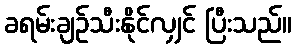
ခရမ်းချဉ်သီးနိုင်လျှင် ပြီးသည်။